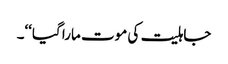
جاہلیت کی موت مارا گیا‘‘۔